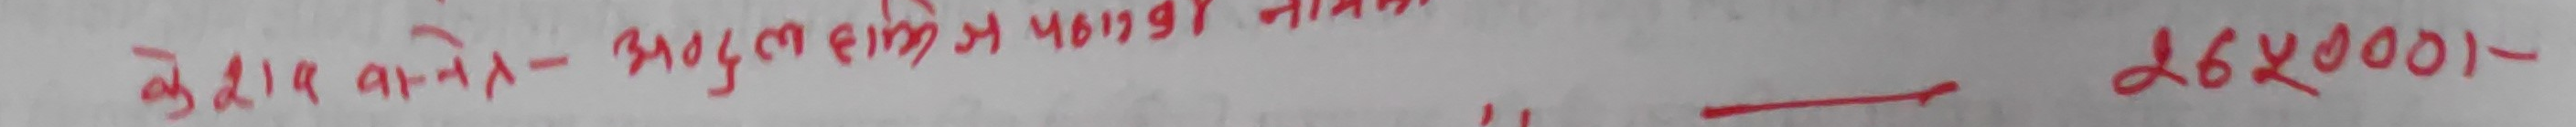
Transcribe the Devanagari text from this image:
ब्यार कलेन - अमृम राईकी यो मन्तरी नाम १६५०७-